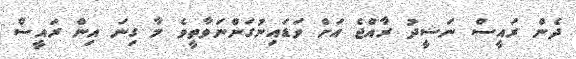
ދެން ރައީސް ނަޝީދު ރާއްޖެ އަށް ވަޑައިނުގަންނަވާތީވެ މާ ގިނަ އިން ރައީސް